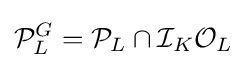
{\mathcal {P}}_{L}^{G}={\mathcal {P}}_{L}\cap {\mathcal {I}}_{K}{\mathcal {O}}_{L}